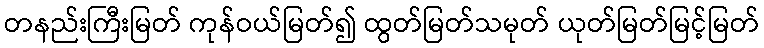
တနည်းကြီးမြတ် ကုန်ဝယ်မြတ်၍ ထွတ်မြတ်သမုတ် ယုတ်မြတ်မြင့်မြတ်